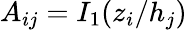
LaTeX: A_{ij}=I_{1}(z_{i}/h_{j})